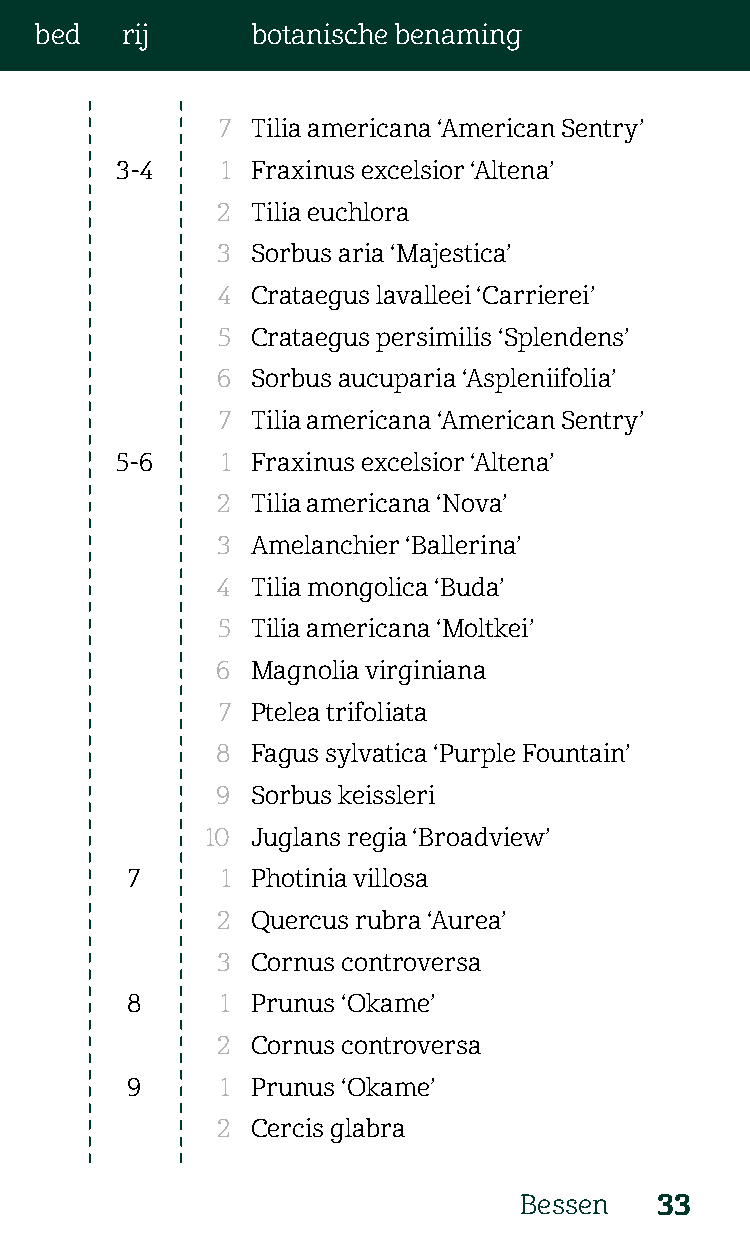
bed   rij      botanische benaming
 7  Tilia americana ‘American Sentry’
 3-4    1 Fraxinus excelsior ‘Altena’
 2  Tilia euchlora
 3  Sorbus aria ‘Majestica’
 4  Crataegus lavalleei ‘Carrierei’
 5  Crataegus persimilis ‘Splendens’
 6  Sorbus aucuparia ‘Aspleniifolia’
 7  Tilia americana ‘American Sentry’
 5-6    1 Fraxinus excelsior ‘Altena’
 2  Tilia americana ‘Nova’
 3  Amelanchier ‘Ballerina’
 4  Tilia mongolica ‘Buda’
 5  Tilia americana ‘Moltkei’
 6  Magnolia virginiana
 7  Ptelea trifoliata
 8  Fagus sylvatica ‘Purple Fountain’
 9  Sorbus keissleri
 10 Juglans regia ‘Broadview’
 7     1 Photinia villosa
 2  Quercus rubra ‘Aurea’
 3  Cornus controversa
 8      1 Prunus ‘Okame’
 2  Cornus controversa
 9      1 Prunus ‘Okame’
 2  Cercis glabra
 Bessen    33